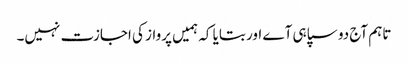
تاہم آج دو سپاہی آے اور بتایا کہ ہمیں پرواز کی اجازت نہیں۔